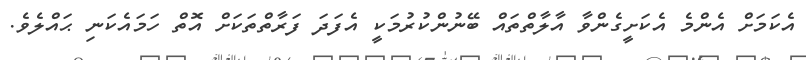
އެކަމަށް އެންމެ އެކަށީގެންވާ އާލާތްތައް ބޭނުންކުރުމަކީ އެފަދަ ފަރާތްތަކަށް އޮތް ހަމައެކަނި ޙައްލެވެ.